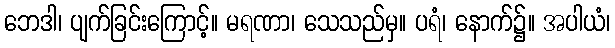
ဘေဒါ၊ ပျက်ခြင်းကြောင့်။ မရဏာ၊ သေသည်မှ။ ပရံ၊ နောက်၌။ အပါယံ၊